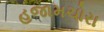
હજામચોરા